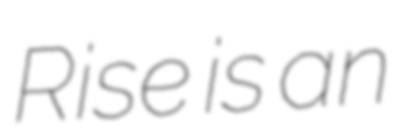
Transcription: Rise is an